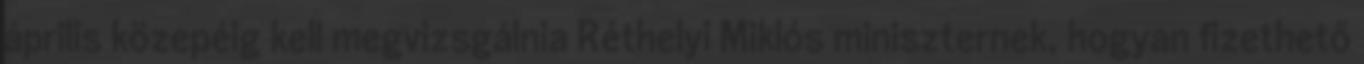
április közepéig kell megvizsgálnia Réthelyi Miklós miniszternek, hogyan fizethető